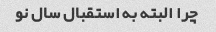
چرا البته به استقبال سال نو